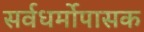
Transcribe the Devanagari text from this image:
सर्वधर्मोपासक